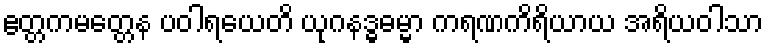
ဧတ္တကမတ္တေန ပဝါရယေတိ ယုဂနဒ္ဓဓမ္မာ ကရဏကိရိယာယ အရိယဝါသာ